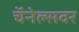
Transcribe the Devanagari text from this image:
चॅनेल्सवर